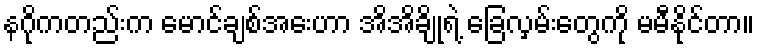
နဂိုကတည်းက မောင်ချစ်အေးဟာ အိအိချိုရဲ့ ခြေလှမ်းတွေကို မမီနိုင်တာ။